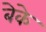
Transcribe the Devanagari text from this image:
बेके